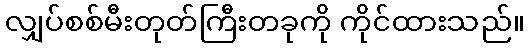
လျှပ်စစ်မီးတုတ်ကြီးတခုကို ကိုင်ထားသည်။